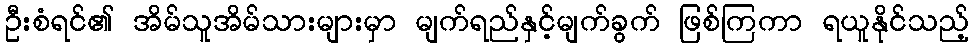
ဦးစံရင်၏ အိမ်သူအိမ်သားများမှာ မျက်ရည်နှင့်မျက်ခွက် ဖြစ်ကြကာ ရယူနိုင်သည့်